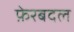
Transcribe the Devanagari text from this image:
फ़ेरबदल